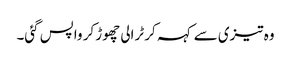
وہ تیزی سے کہہ کر ٹرالی چھوڑ کر واپس گئی۔